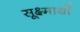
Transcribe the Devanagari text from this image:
सूक्ष्मार्थों